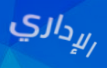
الإداري